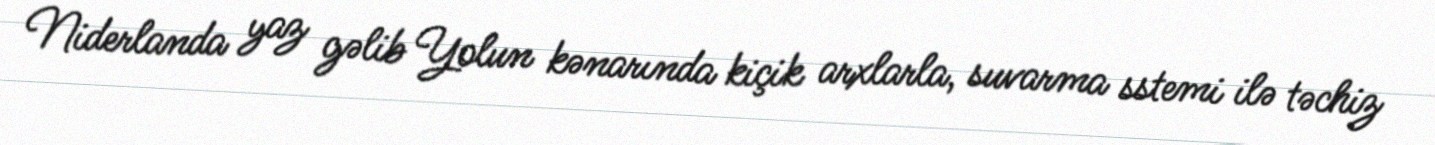
Niderlanda yaz gəlib Yolun kənarında kiçik arxlarla, suvarma sstemi ilə təchiz